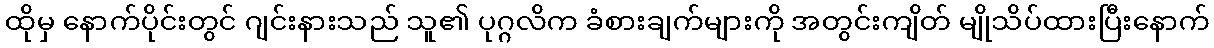
ထိုမှ နောက်ပိုင်းတွင် ဂျင်းနားသည် သူ၏ ပုဂ္ဂလိက ခံစားချက်များကို အတွင်းကျိတ် မျိုသိပ်ထားပြီးနောက်